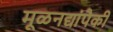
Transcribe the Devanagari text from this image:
मूळनद्यांपैकी